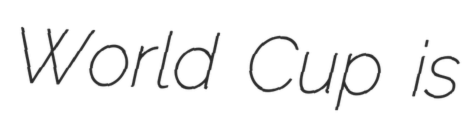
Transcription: World Cup is